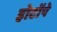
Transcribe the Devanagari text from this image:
होटोंपे